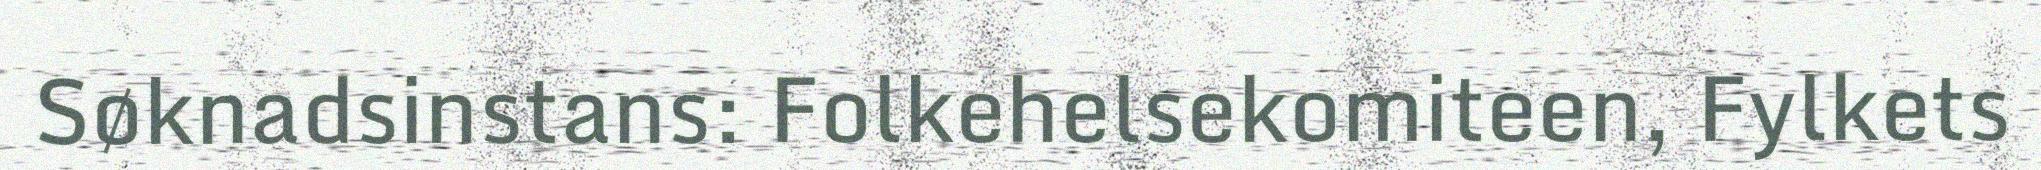
Søknadsinstans: Folkehelsekomiteen, Fylkets